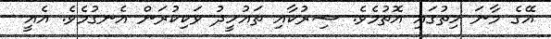
އޭގެ މާނަ ހިތުގައި އޮތުމެވެ. ޝިރުކާއި ތައުހީދު ވަކިކުރަން އެނގުމެވެ. އެއީ